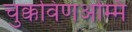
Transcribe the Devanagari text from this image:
चुक्कविणअम्मि